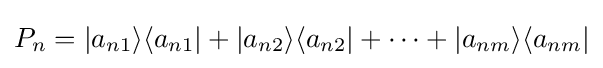
P_{n}=|a_{n1}\rangle \langle a_{n1}|+|a_{n2}\rangle \langle a_{n2}|+\dots +|a_{nm}\rangle \langle a_{nm}|